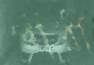
পারী